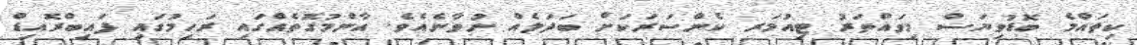
ކިތައްމެ ބޮޑުވިޔަސް މިވައްތަރު ޓިއުމަރ ކެންސަރަކަށް ބަދަލެއް ނުވާނެއެވެ. އާންމުގޮތެއްގައި ރަހިމުގައި ފައިބްރޮއިޑް